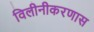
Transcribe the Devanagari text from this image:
विलीनीकरणास